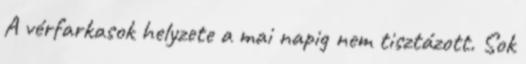
A vérfarkasok helyzete a mai napig nem tisztázott. Sok